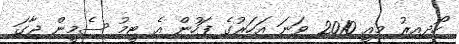
ހޯދިއިރު މިއީ 2010 ވަަނަ އަހަރުގެ ފަހުން އެ ޓީމު ސެމީން ޖާގަ